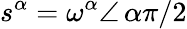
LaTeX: s^{\alpha}=\omega^{\alpha}\angle\, \alpha\pi/2